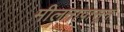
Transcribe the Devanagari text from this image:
मीलनापासून